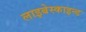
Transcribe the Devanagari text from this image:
लाइबेस्काइन्ड